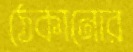
ঠেকানোর